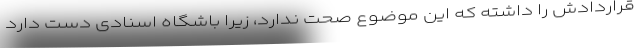
قراردادش را داشته که این موضوع صحت ندارد، زیرا باشگاه اسنادی دست دارد